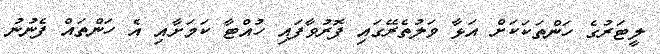
ލީޓަރުގެ ހަންތަކަކަށް އަޅާ ވަލުތެރޭގައި ފޮރުވާފައި ހުއްޓާ ކަމަށާއި އެ ހަންތައް ފެނުނު